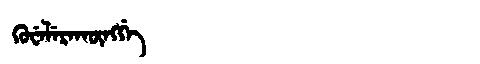
Manchu: ᡴᡠᠸᡝᠯᡝᡵᠠᡴᡡᠩᡤᡝ
Romanization: KUWELERAKŪNGGE